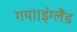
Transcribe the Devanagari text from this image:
गया।इंग्लैंड